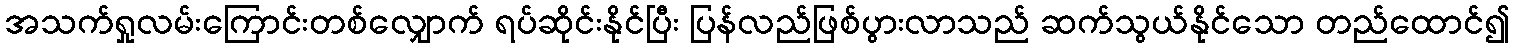
အသက်ရှုလမ်းကြောင်းတစ်လျှောက် ရပ်ဆိုင်းနိုင်ပြီး ပြန်လည်ဖြစ်ပွားလာသည် ဆက်သွယ်နိုင်သော တည်ထောင်၍